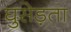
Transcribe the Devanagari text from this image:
घुसेड़ता